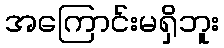
အကြောင်းမရှိဘူး